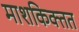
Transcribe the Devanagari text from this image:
माशकिक्तत